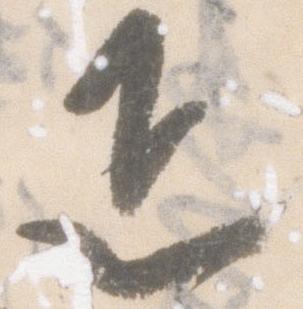
疋